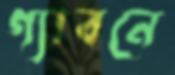
গ্যাবনে